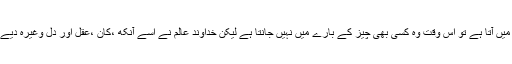
خداوند عالم نے انسانوں کو فضول اور بے مقصد پیدا نہیں کیا ہے انسان جب اس دنیا میں آتا ہے تو اس وقت وہ کسی بھی چیز کے بارے میں نہیں جانتا ہے لیکن خداوند عالم نے اسے آنکھ ،کان ،عقل اور دل وغیرہ دیے تاکہ ان اعضائے بدن سے اچھی طرح استفادہ کرتے ہوئے علم و دانش حاصل کرے۔